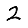
Digit: 2